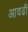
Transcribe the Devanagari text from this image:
आवढी